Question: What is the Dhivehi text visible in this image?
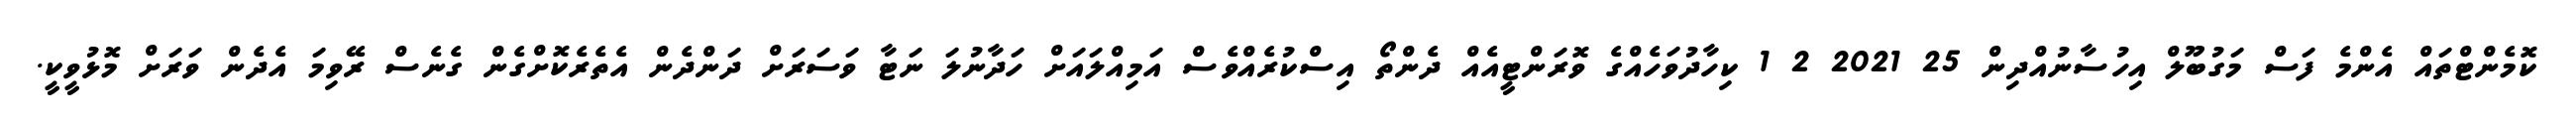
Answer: ކޮމެންޓްތައް އެންމެ ފަސް މަގުބޫލް އިހުސާނުއްދިން 25 2021 2 1 ކިހާދުވަހެއްގެ ވޮރަންޓީއެއް ދެންތޯ އިސްކުރެއްވެސް އަމިއްލައަށް ހަދާނުލަ ނަޓާ ވަސަރަށް ދަންދެން އެތެރެކޮށްގެން ގެނެސް ރޭވިމަ އެދެން ވަރަށް މޮޅުވީކީ.